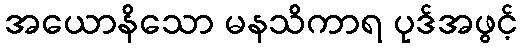
အယောနိသော မနသိကာရ ပုဒ်အဖွင့်